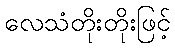
လေသံတိုးတိုးဖြင့်